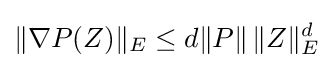
\|\nabla P(Z)\|_{E}\leq d\|P\|\,\|Z\|_{E}^{d}